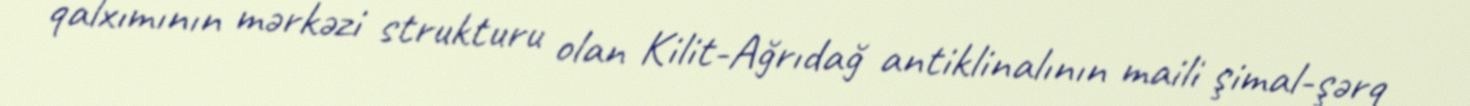
qalxımının mərkəzi strukturu olan Kilit-Ağrıdağ antiklinalının maili şimal-şərq